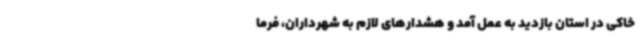
خاکی در استان بازدید به عمل آمد و هشدارهای لازم به شهرداران، فرما